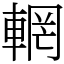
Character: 輞